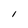
Character: l